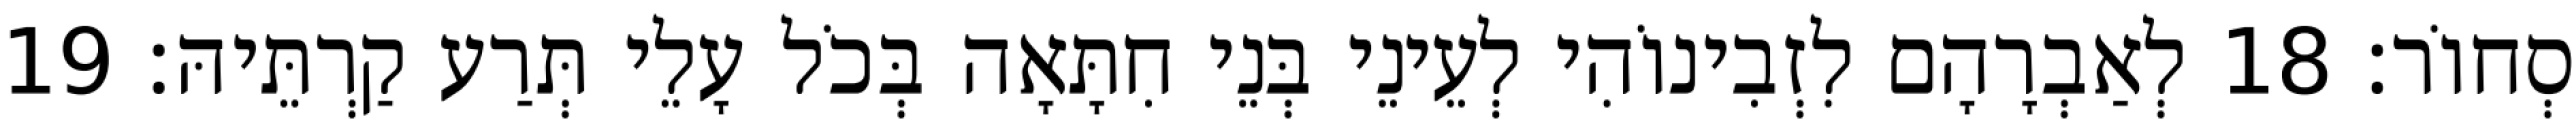
סְחוֹר׃ 18 לְאַבְרָהָם לִזְבִינוֹהִי לְעֵינֵי בְּנֵי חִתָּאָה בְּכֹל עָלֵי תְּרַע קַרְתֵּיהּ׃ 19